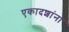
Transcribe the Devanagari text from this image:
एकादशांना